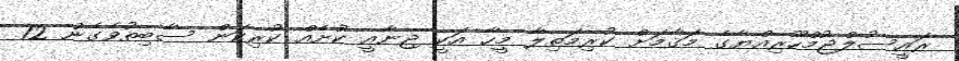
ރައީސުލްޖުމްހޫރިއްޔާގެ މަޤާމަށް ކުރިމަތިލާ މީހާ އަކީ ޖިނާއީ ކުށެއް ކުރިކަން ސާބިތުވެގެން 12